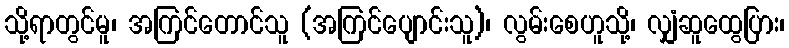
သို့ရာတွင်မူ၊ အကြင်တောင်သူ (အကြင်ပျောင်းသူ)၊ လွမ်းစေဟူသို့၊ လျှံဆူထွေပြား၊